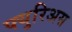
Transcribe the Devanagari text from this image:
फ्युरिअस